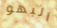
البهو